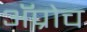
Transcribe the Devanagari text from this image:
अॅप्रोच